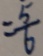
= \frac { 5 } { 6 }